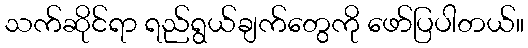
သက်ဆိုင်ရာ ရည်ရွယ်ချက်တွေကို ဖော်ပြပါတယ်။